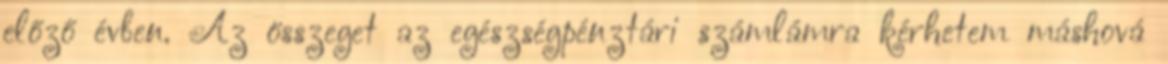
előző évben. Az összeget az egészségpénztári számlámra kérhetem máshová